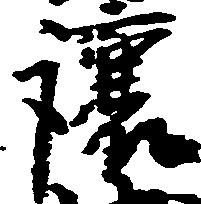
譲